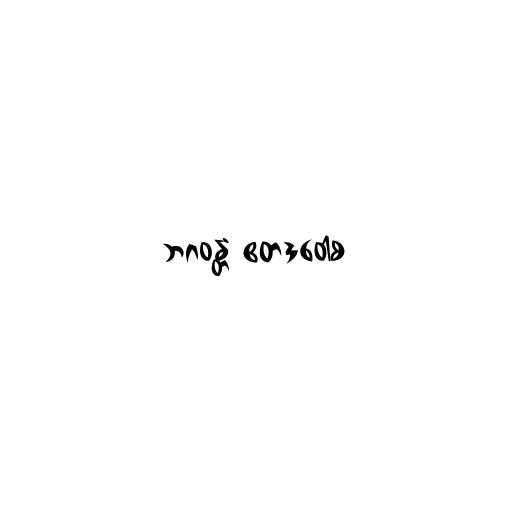
ဘဂဝန္တံ ဧတဒဝေါစ